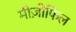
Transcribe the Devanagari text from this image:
मीज़ोफिल